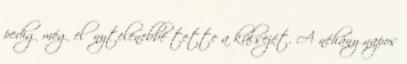
pedig még előnytelenebbé tette a külsejét. A néhány napos